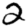
Digit: 2